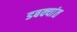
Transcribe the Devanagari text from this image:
डबक्यांत